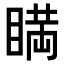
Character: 𥈞